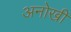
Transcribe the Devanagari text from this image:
अनोखीं